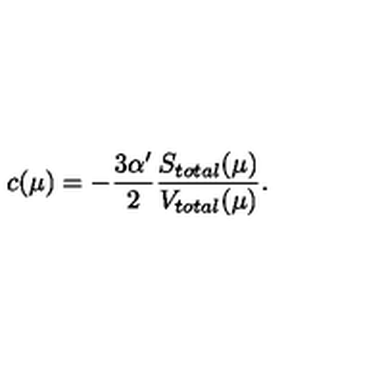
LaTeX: c ( \mu ) = - \frac { 3 \alpha ^ { \prime } } 2 \frac { S _ { t o t a l } ( \mu ) } { V _ { t o t a l } ( \mu ) } .